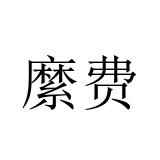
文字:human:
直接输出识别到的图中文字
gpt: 縻费